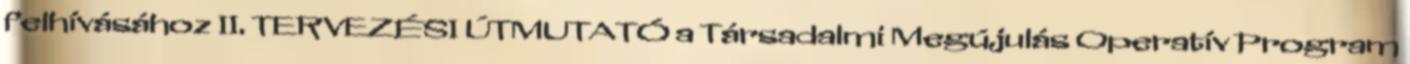
felhívásához II. TERVEZÉSI ÚTMUTATÓ a Társadalmi Megújulás Operatív Program